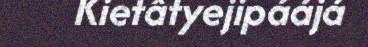
Kietâtyejipáájá